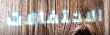
الاحتفالات